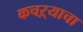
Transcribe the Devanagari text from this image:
कचऱ्याचा